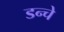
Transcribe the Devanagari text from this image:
डन्चे